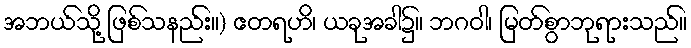
အဘယ်သို့ ဖြစ်သနည်း။) ဧတရဟိ၊ ယခုအခါ၌။ ဘဂဝါ၊ မြတ်စွာဘုရားသည်။